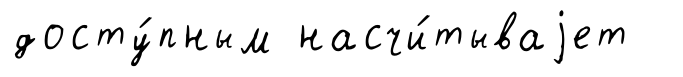
досту́пным насчи́тываjет